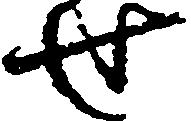
せ